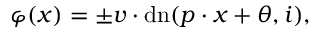
\varphi ( x ) = \pm v \cdot \mathrm { { d n } } ( p \cdot x + \theta , i ) ,